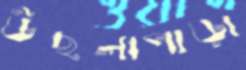
উছলাপাড়া